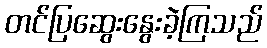
တင်ပြဆွေးနွေးခဲ့ကြသည်